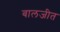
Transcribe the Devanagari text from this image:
बालजीत